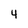
Character: 4